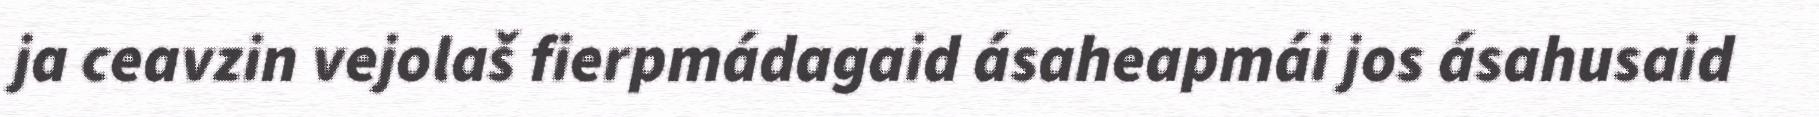
ja ceavzin vejolaš fierpmádagaid ásaheapmái jos ásahusaid